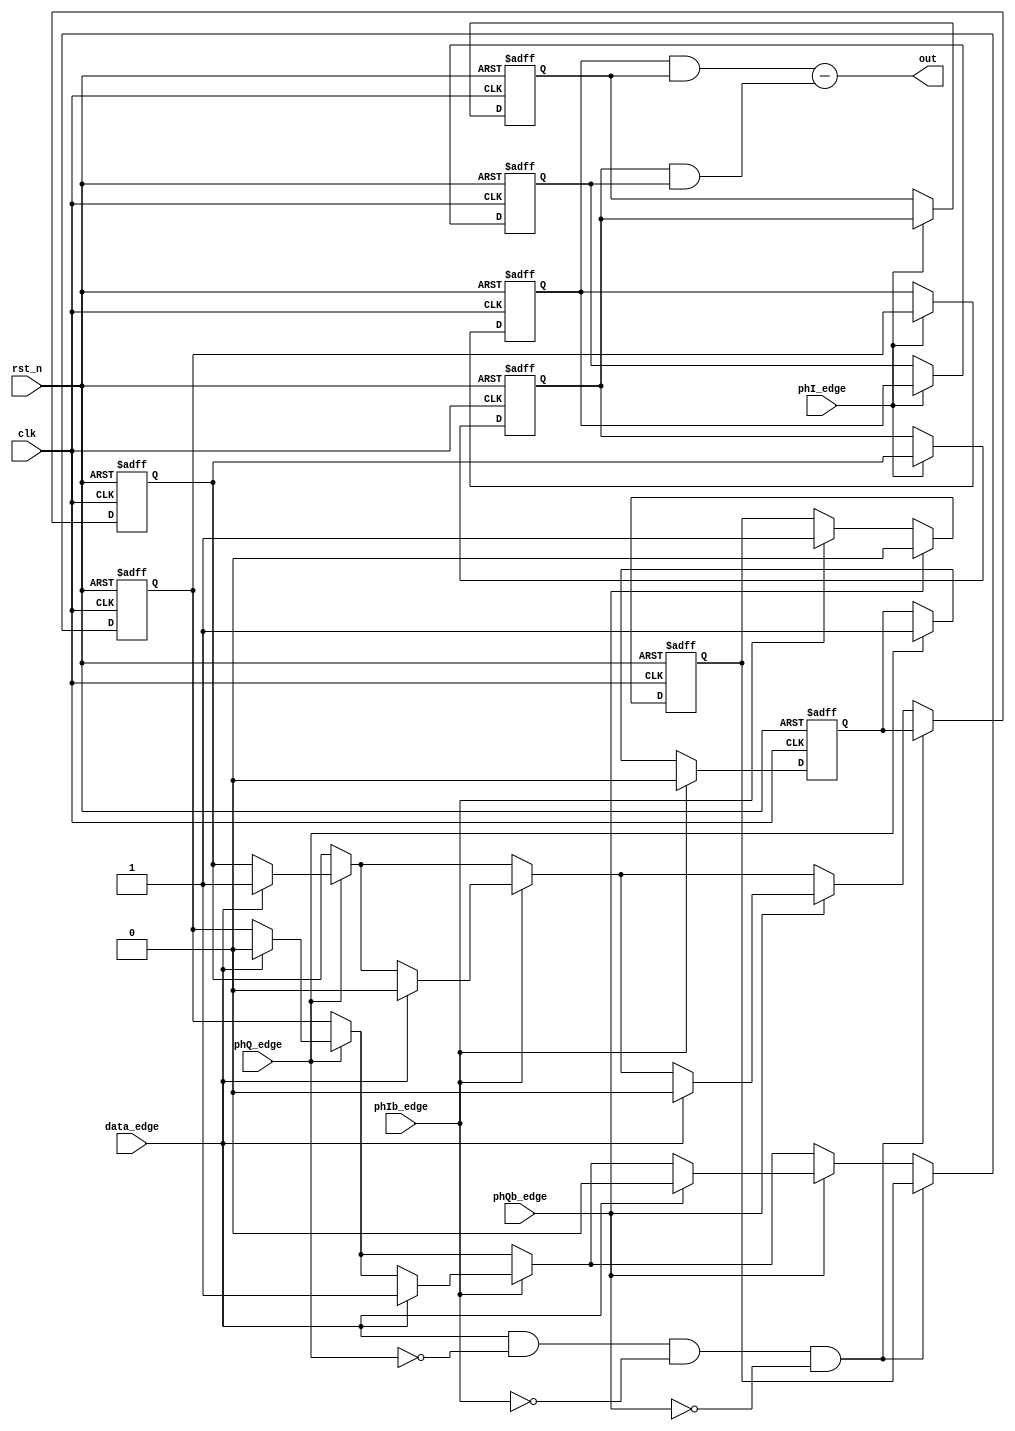
//////////////////////////////////////////////////////////////////////////////////
//                                                                              //
// Module : Edge detector for RX CDR                                            //
//                                                                              //
//                                                                              //
// Copyright Superlative Semiconductor LLC 2021                                 //
// This source describes Open Hardware and is licensed under the CERN-OHL-P v2  //
// You may redistribute and modify this documentation and make products         //
// using it under the terms of the CERN-OHL-P v2 (https:/cern.ch/cern-ohl).     //
// This documentation is distributed WITHOUT ANY EXPRESS OR IMPLIED             //
// WARRANTY, INCLUDING OF MERCHANTABILITY, SATISFACTORY QUALITY                 //
// AND FITNESS FOR A PARTICULAR PURPOSE. Please see the CERN-OHL-P v2           //
// for applicable conditions.                                                   //
//                                                                              //
// Description:                                                                 //
//        This is a rotational frequency detector with extra memory to stop     //
//        chattering during lock.                                               //
//                                                                              //
//    Revisions:                                                                //
//                                                                              //
//    031216 - Update to an edge-based design                                   //
//                                                                              //
//////////////////////////////////////////////////////////////////////////////////

module    cr_freq_det
    (
        // Inputs
        input    wire         data_edge,
        input    wire         clk,
        input    wire         rst_n,
        input    wire         phI_edge,
        input    wire         phQ_edge,
        input    wire         phIb_edge,
        input    wire         phQb_edge,
        // Outputs
        output    wire        signed    [1:0]        out
    );
    
    // Parameter and localparam declarations
    //    Register and wire declarations
    
    reg                       phb_reg0;
    reg                       phb_reg1;
    reg                       phb_reg2;
    reg                       phb_gen_reg;
    reg                       phc_reg0;
    reg                       phc_reg1;
    reg                       phc_reg2;
    reg                       phc_gen_reg;
    
    assign    out            =    {1'b0,(phc_reg1 && phb_reg2)} - {1'b0,(phb_reg1 && phc_reg2)};
                
// Flops inference
    
    always @(posedge clk or negedge rst_n) begin
        if(!rst_n)    begin
            phb_reg0       <=    1'b0;
            phb_reg1       <=    1'b0;
            phb_reg2       <=    1'b0;
            phb_gen_reg    <=    1'b0;
            phc_reg0       <=    1'b0;
            phc_reg1       <=    1'b0;
            phc_reg2       <=    1'b0;
            phc_gen_reg    <=    1'b0;
        end else begin
            
            if(phI_edge) begin
                phb_reg1    <=    phb_reg0;
                phb_reg2    <=    phb_reg1;
                phc_reg1    <=    phc_reg0;
                phc_reg2    <=    phc_reg1;
            end
            if(phQ_edge) begin
                phb_gen_reg    <=    1'b1;
                if(data_edge) begin
                    phb_reg0   <=    1'b1;
                    phc_reg0   <=    1'b0;
                end
            end
            if(phIb_edge) begin
                phb_gen_reg    <=    1'b0;
                phc_gen_reg    <=    1'b1;
                if(data_edge) begin
                    phb_reg0   <=    1'b0;
                    phc_reg0   <=    1'b1;
                end
            end
            if(phQb_edge) begin
                phc_gen_reg    <=    1'b0;
                if(data_edge) begin
                    phb_reg0   <=    1'b0;
                    phc_reg0   <=    1'b0;
                end
            end
            if(data_edge && !phQ_edge && !phIb_edge && !phQb_edge) begin
                phb_reg0    <=    phb_gen_reg;
                phc_reg0    <=    phc_gen_reg;
            end
        end
    end
endmodule